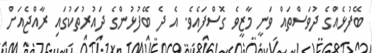
ބޭފުޅެއްގެ ދުވަސްތައް ވަނީ މާޒީވެ ގޮސްފައެވެ. އެ ދެ ބޭފުޅުންގެ ދައުރުތަކުގައި ރާއްޖެއަށް